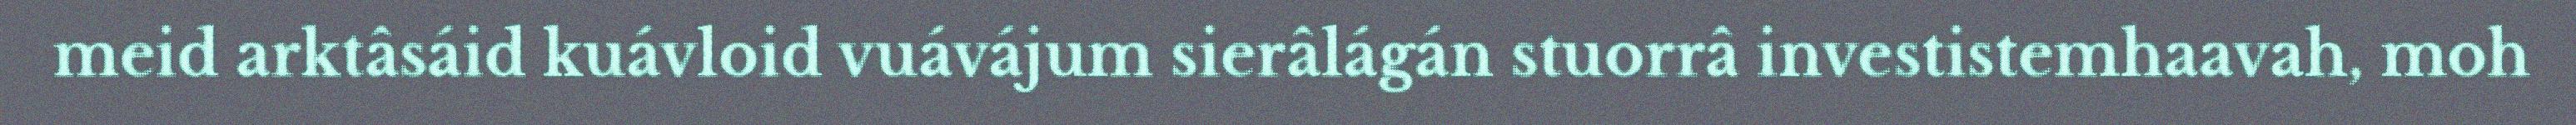
meid arktâsáid kuávloid vuávájum sierâlágán stuorrâ investistemhaavah, moh